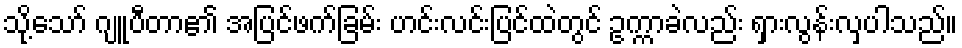
သို့သော် ဂျူပီတာ၏ အပြင်ဖက်ခြမ်း ဟင်းလင်းပြင်ထဲတွင် ဥက္ကာခဲလည်း ရှားလွန်းလှပါသည်။